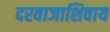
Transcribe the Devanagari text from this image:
दरवाजाशिवाय